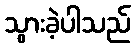
သွားခဲ့ပါသည်